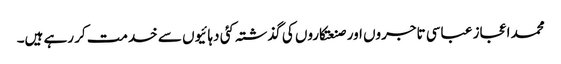
محمد اعجاز عباسی تاجروں اور صنعتکاروں کی گذشتہ کئی دہائیوں سے خدمت کر رہے ہیں۔